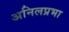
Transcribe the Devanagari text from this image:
अनिलप्रभा